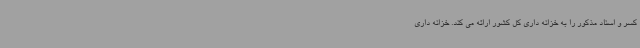
کسر و اسناد مذکور را به خزانه داری کل کشور ارائه می کند. خزانه داری